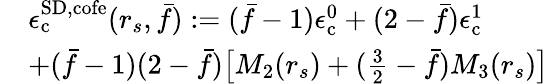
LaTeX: \begin{array}{rl}&{\epsilon_{\mathrm{c}}^{{\mathrm{SD}},\mathrm{cofe}}(r_{s},\bar{f}):=(\bar{f}-1)\epsilon_{\mathrm{c}}^{0}+(2-\bar{f})\epsilon_{\mathrm{c}}^{1}}\\ &{+(\bar{f}-1)(2-\bar{f})\big[M_{2}(r_{s})+(\frac 32-\bar{f})M_{3}(r_{s})\big]}\end{array}